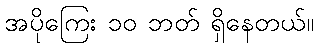
အပိုကြေး ၁၀ ဘတ် ရှိနေတယ်။